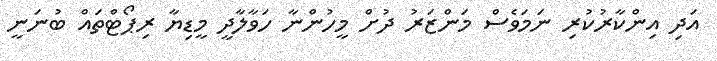
އަދި އިންކާރުކުރި ނަމަވެސް މަންޒަރު ދުށް މީހުންނާ ހަވާލާދީ މީޑިޔާ ރިޕޯޓްތައް ބުނަނީ